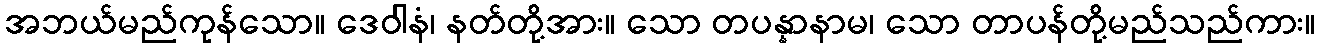
အဘယ်မည်ကုန်သော။ ဒေဝါနံ၊ နတ်တို့အား။ သော တပန္နာနာမ၊ သော တာပန်တို့မည်သည်ကား။